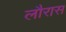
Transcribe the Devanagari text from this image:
लौरास